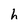
Character: h